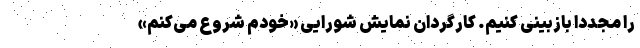
را مجدداً بازبینی کنیم. کارگردان نمایش شورایی «خودم شروع می‌کنم»